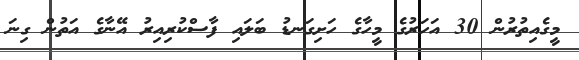
މީގެއިތުރުން 30 އަހަރުގެ މީހާގެ ހަށިގަނޑު ބަލައި ފާސްކުރިއިރު އޭނާގެ އަތުން ގިނަ